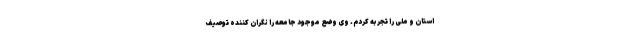
استان و ملی را تجربه کردم. وی وضع موجود جامعه را نگران کننده توصیف